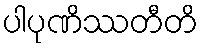
ပါပုဏိဿတီတိ